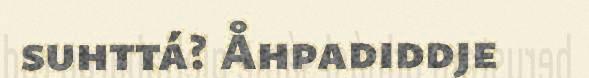
suhttá? Åhpadiddje